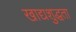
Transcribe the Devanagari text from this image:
खाद्यशुद्धता